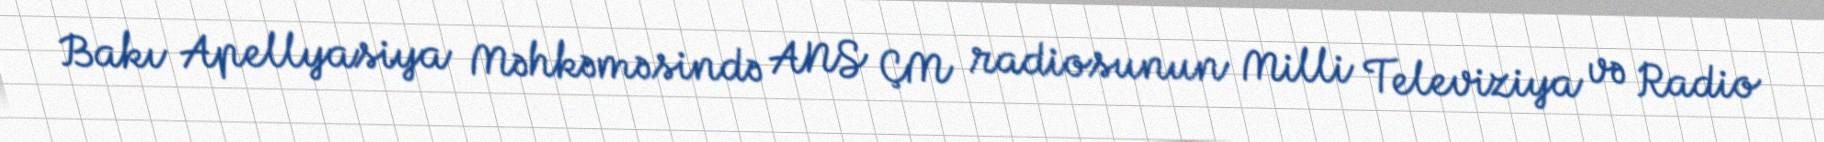
Bakı Apellyasiya Məhkəməsində ANS ÇM radiosunun Milli Televiziya və Radio